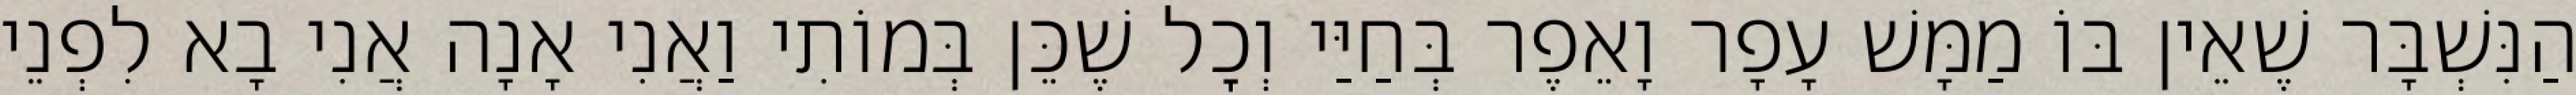
הַנִּשְׁבָּר שֶׁאֵין בּוֹ מַמָּשׁ עָפָר וָאֵפֶר בְּחַיַּי וְכׇל שֶׁכֵּן בְּמוֹתִי וַאֲנִי אָנָה אֲנִי בָא לִפְנֵי